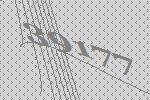
39177